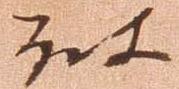
被